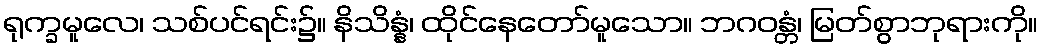
ရုက္ခမူလေ၊ သစ်ပင်ရင်း၌။ နိသိန္နံ၊ ထိုင်နေတော်မူသော။ ဘဂဝန္တံ၊ မြတ်စွာဘုရားကို။